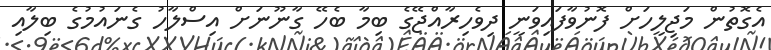
އެގޮތުން މަޖިލީހަށް ފޮނުވާފައިވަނީ ދިވެހިރާއްޖޭގެ ބިމާ ބެހޭ ގާނޫނަށް އިސްލާހު ގެނައުމުގެ ބިލާއި